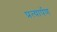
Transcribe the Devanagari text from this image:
प्रत्‍यार्पण